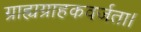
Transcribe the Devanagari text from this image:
ग्राह्यग्राहकवर्जता।